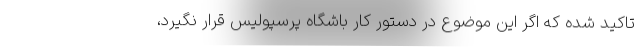
تاکید شده که اگر این موضوع در دستور کار باشگاه پرسپولیس قرار نگیرد،